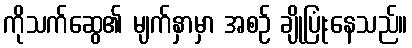
ကိုသက်ဆွေ၏ မျက်နှာမှာ အစဉ် ချိုပြုံးနေသည်။